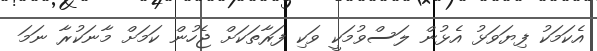
އެކަމަކު ފިޔަވަޅު އެޅުން ލަސްވުމަކީ ވަކި ފަރާތަކަށް ޖެހުން ކަމަށް މާނަކުރާ ނަމަ